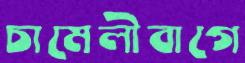
চামেলীবাগে